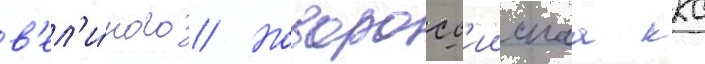
в'ел'и́кого // Новоросс'иискаа ккс